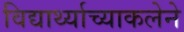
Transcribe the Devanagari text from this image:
विद्यार्थ्याच्याकलेने